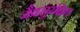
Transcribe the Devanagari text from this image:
जैवसुरक्षित